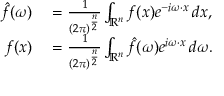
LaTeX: \begin{array} { r l } { { \hat { f } } ( \omega ) } & { { } = { \frac { 1 } { ( 2 \pi ) ^ { \frac { n } { 2 } } } } \int _ { \mathbb { R } ^ { n } } f ( x ) e ^ { - i \omega \cdot x } \, d x , } \\ { f ( x ) } & { { } = { \frac { 1 } { ( 2 \pi ) ^ { \frac { n } { 2 } } } } \int _ { \mathbb { R } ^ { n } } { \hat { f } } ( \omega ) e ^ { i \omega \cdot x } \, d \omega . } \end{array}